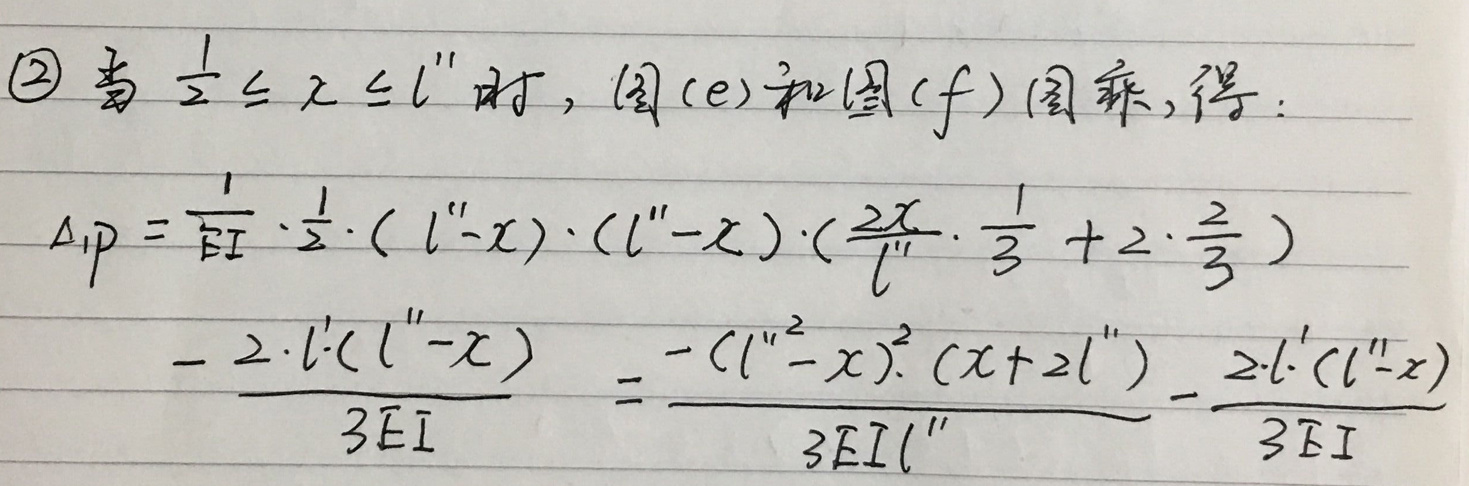
$\textcircled{2}$ 当 $\frac{1}{2} \leq x \leq l''$ 时，图 (e) 和图 (f) 图乘，得：
\[
\begin{align*}
\Delta_{1P} &= \frac{1}{EI} \cdot \frac{1}{2} \cdot (l'' - x) \cdot (l'' - x) \cdot (\frac{2x}{l''} \cdot \frac{1}{3} + 2 \cdot \frac{2}{3})\\
&- \frac{2 \cdot l' (l'' - x)}{3EI}= \frac{-(l'' - x)^2 (x + 2l'')}{3EI l''}- \frac{2 \cdot l' (l'' - x)}{3EI}
\end{align*}
\]